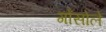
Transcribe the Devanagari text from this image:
गोंसोले